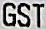
GST